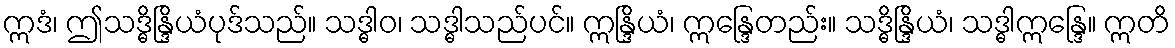
ဣဒံ၊ ဤသဒ္ဓိန္ဒြိယံပုဒ်သည်။ သဒ္ဓါဝ၊ သဒ္ဓါသည်ပင်။ ဣန္ဒြိယံ၊ ဣန္ဒြေတည်း။ သဒ္ဓိန္ဒြိယံ၊ သဒ္ဓါဣန္ဒြေ။ ဣတိ